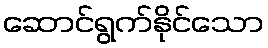
ဆောင်ရွက်နိုင်သော